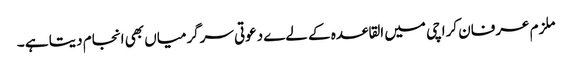
ملزم عرفان کراچی میں القاعدہ کے لےے دعوتی سرگرمیاں بھی انجام دیتا ہے ۔